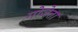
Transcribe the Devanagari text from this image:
गोजेता